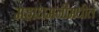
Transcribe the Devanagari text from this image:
महाधमनीमधील